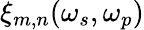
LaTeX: \xi_{m,n}(\omega_{s},\omega_{p})